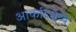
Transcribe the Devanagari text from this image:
आर्काटमध्ये